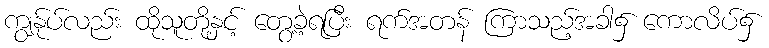
ကျွန်ုပ်လည်း ထိုသူတို့နှင့် တွေ့ခဲ့ရပြီး ရက်အတန် ကြာသည့်အခါ၌ ကောလိပ်၌